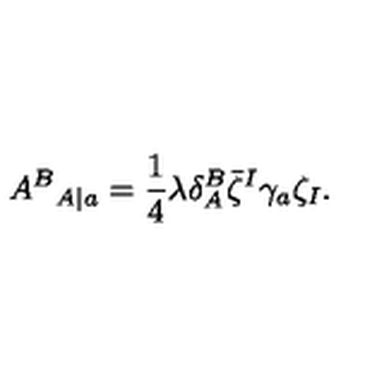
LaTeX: { A ^ { B } } _ { A | a } = { \frac { 1 } { 4 } } \lambda \delta _ { A } ^ { B } \bar { \zeta } ^ { I } \gamma _ { a } \zeta _ { I } .